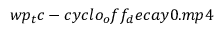
w p _ { t } c - c y c l o _ { o } f f _ { d } e c a y 0 . m p 4